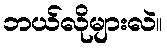
ဘယ်လိုများလဲ။